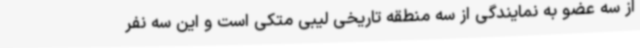
از سه عضو به نمایندگی از سه منطقه تاریخی لیبی متکی است و این سه نفر